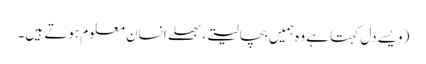
(ویسے دل کہتا ہے وہ ہمیں بچا لیتے، بھلے انسان معلوم ہوتے ہیں۔